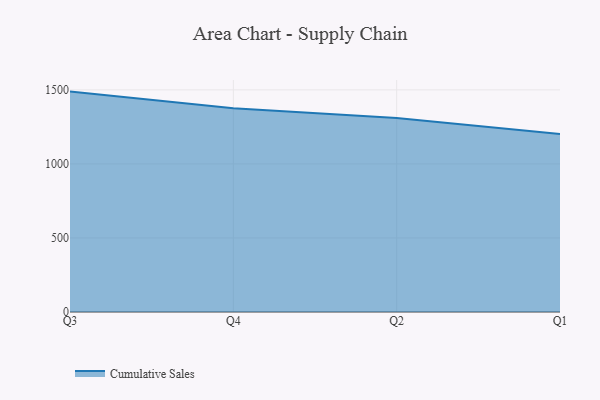
{"axis": {"x": "Quarter", "y": "Population (Million)"}, "legend": ["Cumulative Sales"], "data": [{"x": "Q3", "y": 1488.3, "type": "Cumulative Sales"}, {"x": "Q4", "y": 1376.0, "type": "Cumulative Sales"}, {"x": "Q2", "y": 1309.2, "type": "Cumulative Sales"}, {"x": "Q1", "y": 1202.0, "type": "Cumulative Sales"}]}